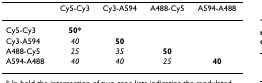
<table><thead><tr><td></td><td><b>Cy5-Cy3</b></td><td><b>Cy3-A594</b></td><td><b>A488-Cy5</b></td><td><b>A594-A488</b></td></tr></thead><tbody><tr><td>Cy5-Cy3</td><td><b>50*</b></td><td></td><td></td><td></td></tr><tr><td>Cy3-A594</td><td><i>40</i></td><td><b>50</b></td><td></td><td></td></tr><tr><td>A488-Cy5</td><td><i>25</i></td><td><i>35</i></td><td><b>50</b></td><td></td></tr><tr><td>A594-A488</td><td><i>40</i></td><td><i>40</i></td><td><i>25</i></td><td><b>40</b></td></tr></tbody></table>